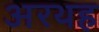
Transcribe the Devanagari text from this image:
अरथह